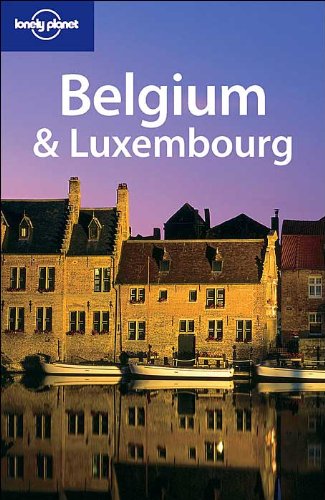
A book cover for Lonely Planet Belgium & Luxembourg; Geert Cole; Travel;